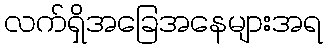
လက်ရှိအခြေအနေများအရ